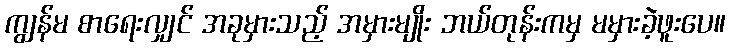
ကျွန်မ စာရေးလျှင် အခုမှားသည့် အမှားမျိုး ဘယ်တုန်းကမှ မမှားခဲ့ဖူးပေ။